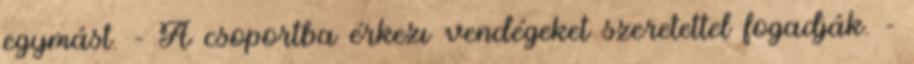
egymást. - A csoportba érkezı vendégeket szeretettel fogadják. -